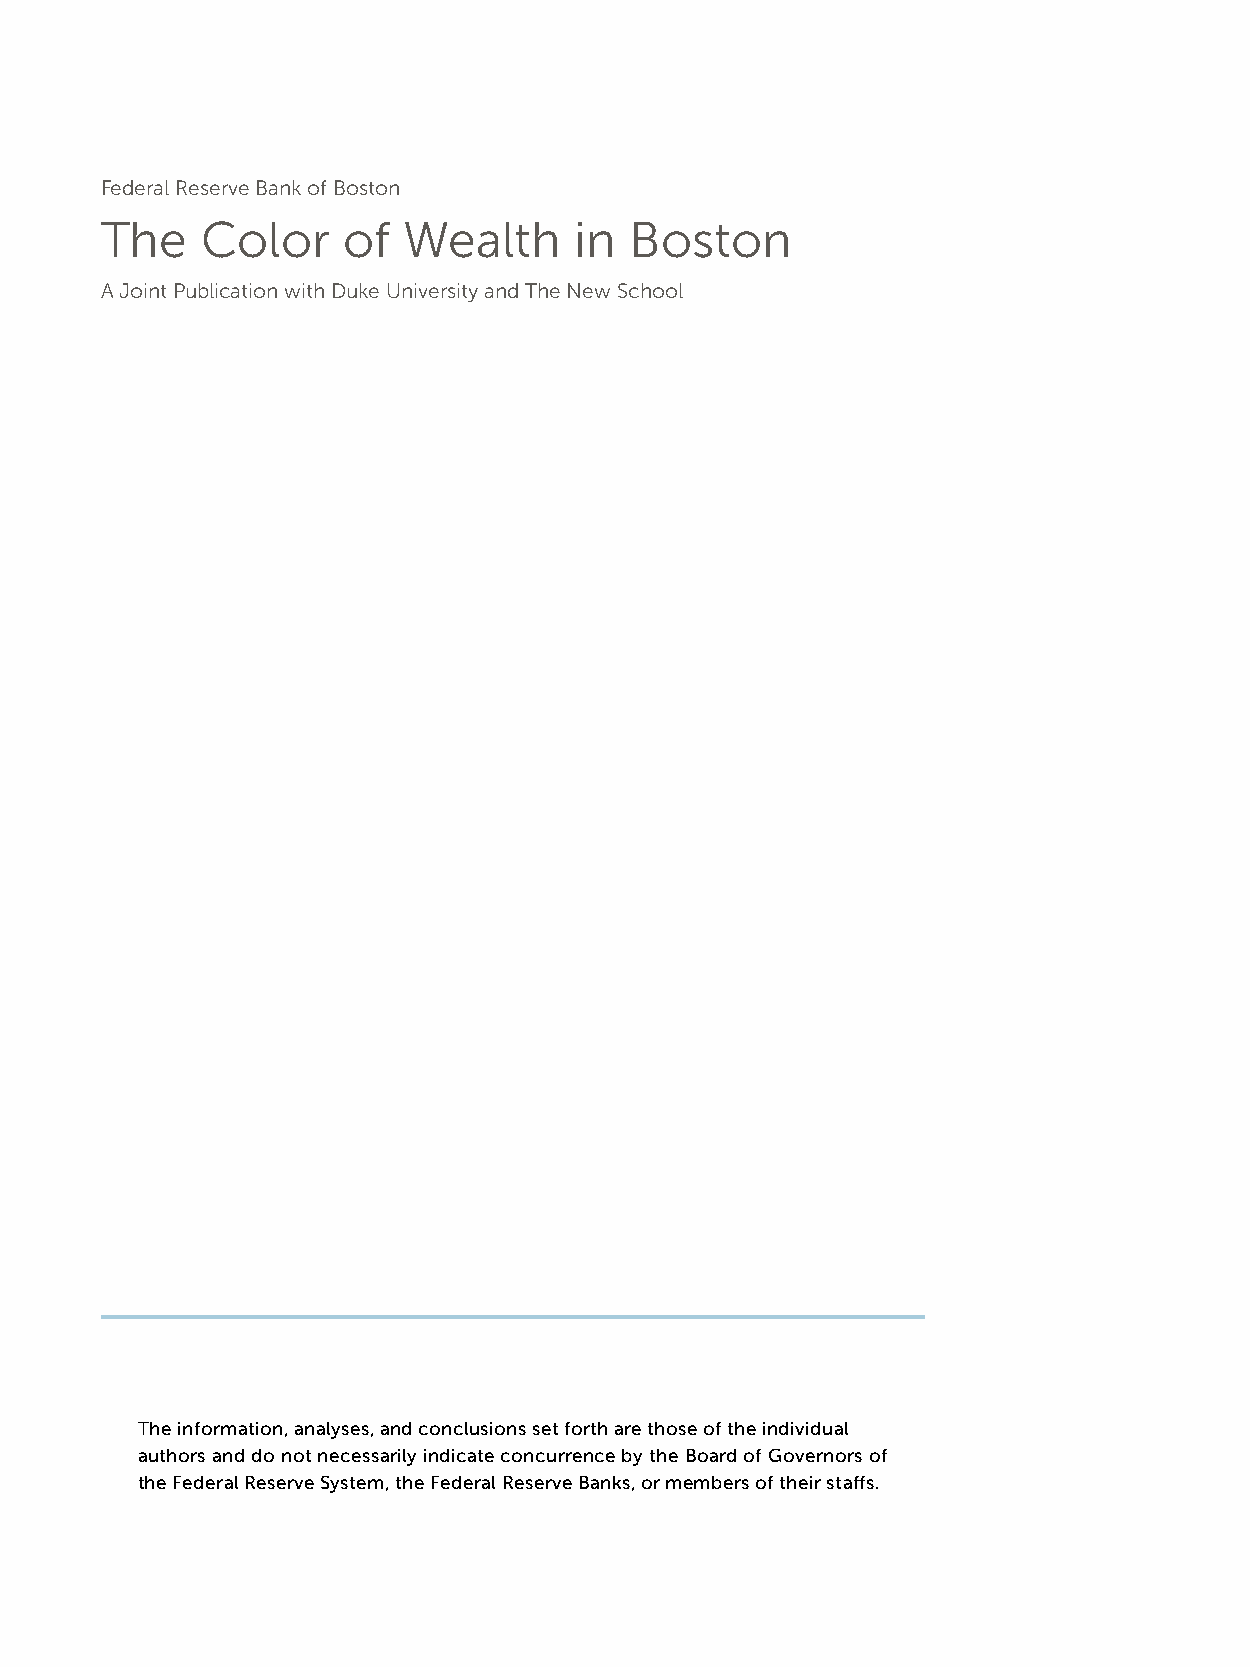
Federal Reserve Bank of Boston
 The   Color     of  Wealth     in  Boston
 A Joint Publication with Duke University and The New School
 The information, analyses, and conclusions set forth are those of the individual
 authors and do not necessarily indicate concurrence by the Board of Governors of
 the Federal Reserve System, the Federal Reserve Banks, or members of their staffs.